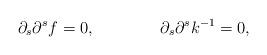
LaTeX: \begin{align*}\partial_s\partial ^s f =0 , \ \ \ \ \ \ \ \ \ \ \ \ \partial_s\partial^s k^{-1} =0,\end{align*}